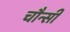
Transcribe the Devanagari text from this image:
चौन्सी